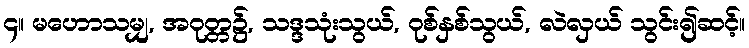
၄။ မဟောသမျှ, အဝုတ္တ၌, သဒ္ဒသုံးသွယ်, ဝုစ်နှစ်သွယ်, လဲလှယ် သွင်း၍ဆင့်။